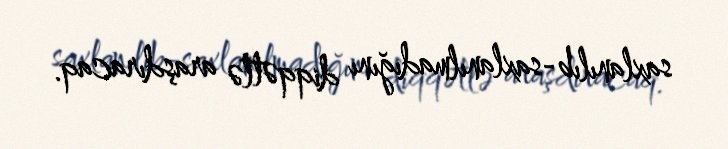
saxlanılıb-saxlanılmadığını diqqətlə araşdıracaq.